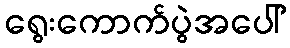
ရွေးကောက်ပွဲအပေါ်